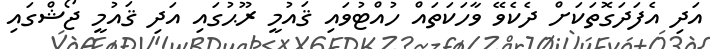
އަދި އެފަދަގޮތަކަށް ދެކެވޭ ވާހަކަތައް ހުއްޓުވައި ޤައުމީ ރޫޙުގައި އަދި ޤައުމީ ޖޯޝްގައި